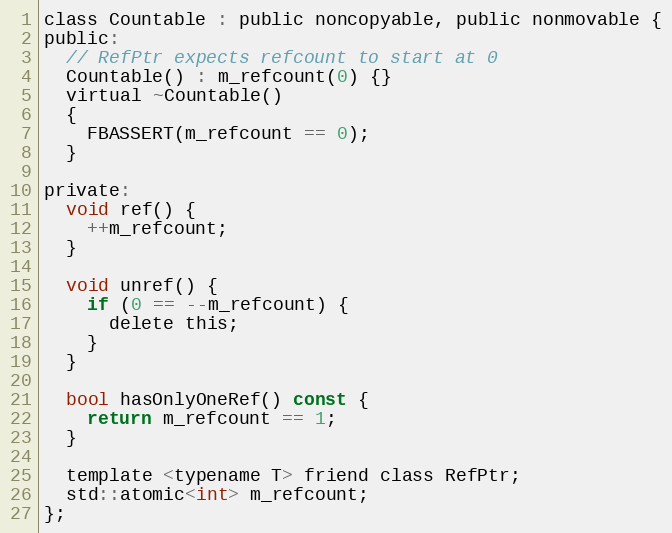
Language: C
class Countable : public noncopyable, public nonmovable {
public:
  // RefPtr expects refcount to start at 0
  Countable() : m_refcount(0) {}
  virtual ~Countable()
  {
    FBASSERT(m_refcount == 0);
  }

private:
  void ref() {
    ++m_refcount;
  }

  void unref() {
    if (0 == --m_refcount) {
      delete this;
    }
  }

  bool hasOnlyOneRef() const {
    return m_refcount == 1;
  }

  template <typename T> friend class RefPtr;
  std::atomic<int> m_refcount;
};